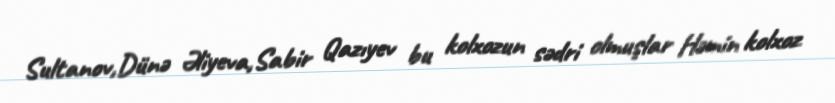
Sultanov,Dünə Əliyeva,Sabir Qazıyev bu kolxozun sədri olmuşlar Həmin kolxoz